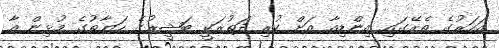
އަހަރުގެ ތެރޭގައި އިންޑިއާ އަށް ކުރި ދަތުރަކީ ބަޝީރުގެ ހަޔާތުގެ މުޅިން އާ